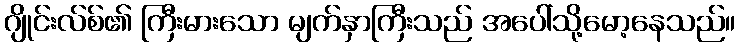
ဂျိုင်းလ်စ်၏ ကြီးမားသော မျက်နှာကြီးသည် အပေါ်သို့မော့နေသည်။